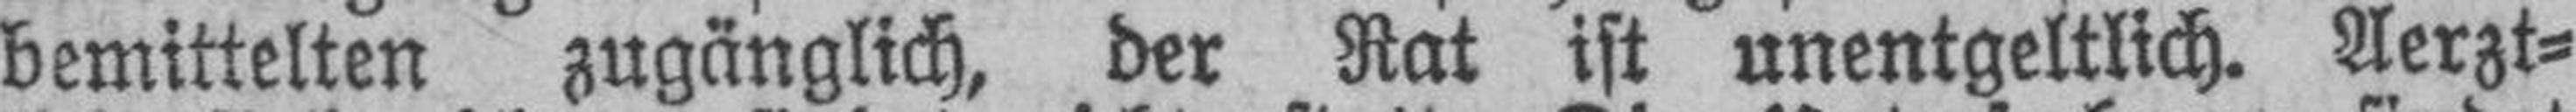
bemittelten zugänglich, der Rat ist unentgeltlich. Aerzt¬